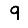
Digit: 9